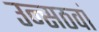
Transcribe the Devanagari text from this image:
उन्सठवां